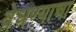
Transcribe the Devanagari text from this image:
वेधण्याचा